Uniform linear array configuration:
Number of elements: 4
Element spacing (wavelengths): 0.5
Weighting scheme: exponential
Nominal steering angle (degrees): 15
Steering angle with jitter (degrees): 13.606
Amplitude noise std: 0.05
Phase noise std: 0.05

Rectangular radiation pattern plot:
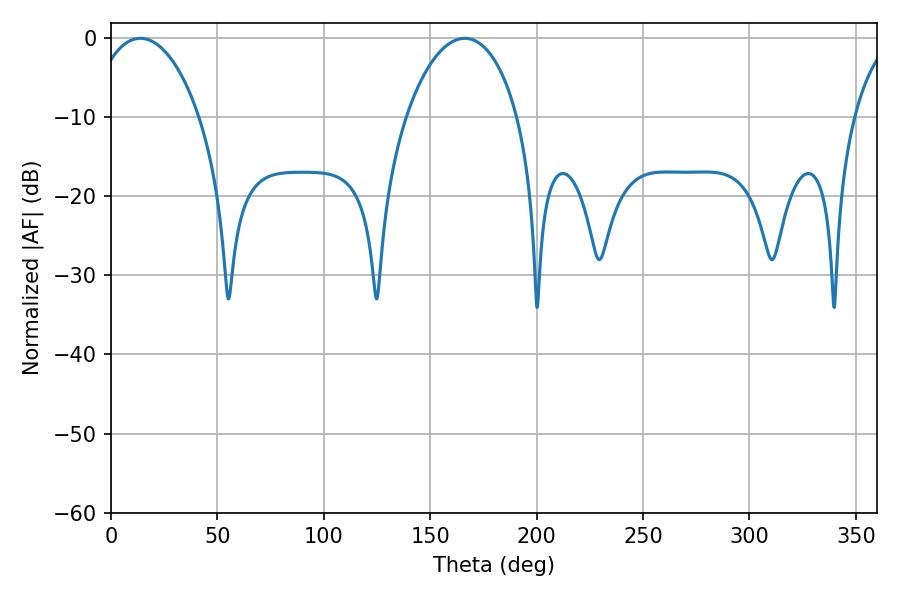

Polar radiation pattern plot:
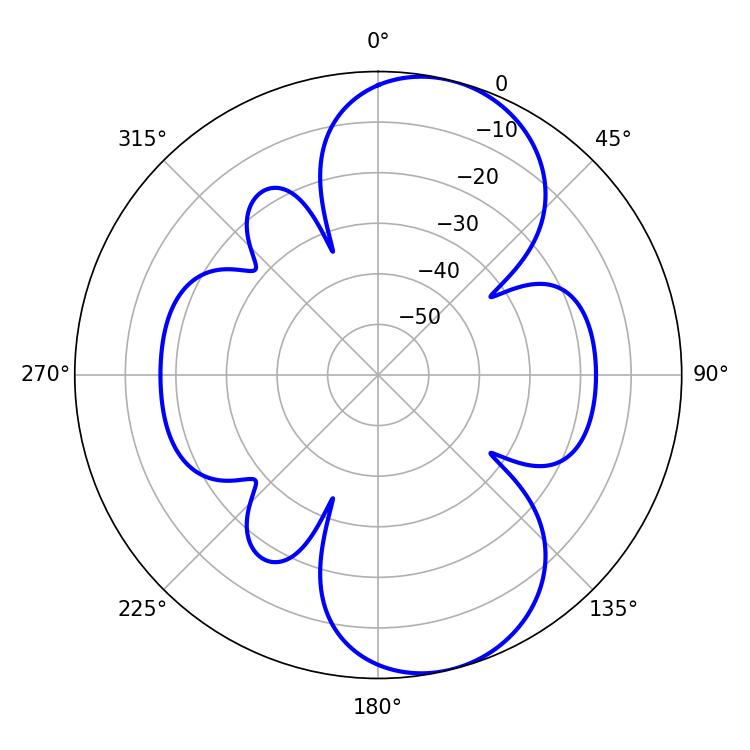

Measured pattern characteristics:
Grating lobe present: FALSE
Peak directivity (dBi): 8.838
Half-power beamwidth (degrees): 29.16
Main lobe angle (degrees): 13.86